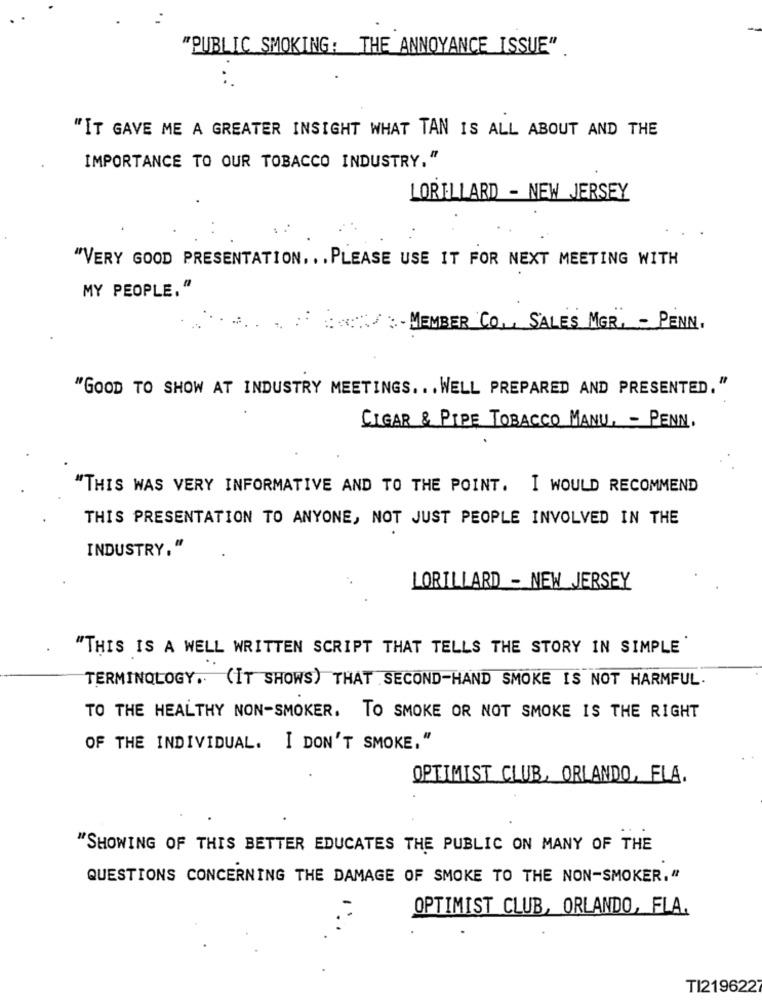
"PUBLIC SMOKING: THE ANNOYANCE ISSUE"
"IT GAVE ME A GREATER INSIGHT WHAT TAN IS ALL ABOUT AND THE
IMPORTANCE TO OUR TOBACCO INDUSTRY."
LORILLARD - NEW JERSEY
"VERY GOOD PRESENTATION. . . PLEASE USE IT FOR NEXT MEETING WITH
MY PEOPLE."
:- MEMBER CO ,, SALES MGR, - PENN.
"GOOD TO SHOW AT INDUSTRY MEETINGS ... WELL PREPARED AND PRESENTED."
CIGAR & PIPE TOBACCO MANU, - PENN.
"THIS WAS VERY INFORMATIVE AND TO THE POINT. I WOULD RECOMMEND
THIS PRESENTATION TO ANYONE, NOT JUST PEOPLE INVOLVED IN THE
INDUSTRY,"
LORILLARD - NEW JERSEY
"THIS IS A WELL WRITTEN SCRIPT THAT TELLS THE STORY IN SIMPLE
TERMINOLOGY. (IT SHOWS) THAT SECOND-HAND SMOKE IS NOT HARMFUL.
TO THE HEALTHY NON-SMOKER. TO SMOKE OR NOT SMOKE IS THE RIGHT
OF THE INDIVIDUAL. I DON'T SMOKE, "
OPTIMIST CLUB, ORLANDO, FLA.
"SHOWING OF THIS BETTER EDUCATES THE PUBLIC ON MANY OF THE
QUESTIONS CONCERNING THE DAMAGE OF SMOKE TO THE NON-SMOKER,"
OPTIMIST CLUB, ORLANDO, FLA.
TI219622